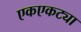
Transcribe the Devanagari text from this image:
एकएकट्या